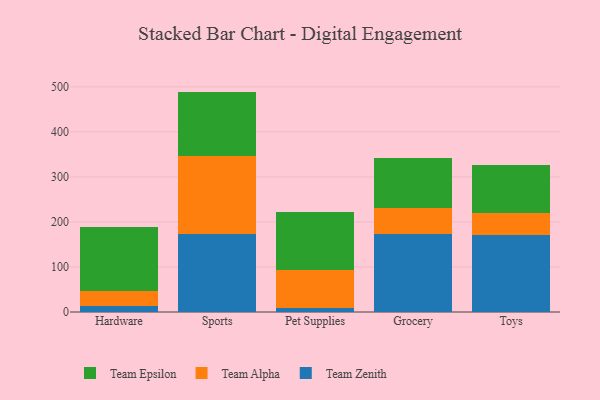
{"axis": {"x": "Category", "y": "Population (Million)"}, "legend": ["Team Alpha", "Team Epsilon", "Team Zenith"], "data": [{"x": "Hardware", "y": 13.7, "type": "Team Zenith"}, {"x": "Hardware", "y": 32.0, "type": "Team Alpha"}, {"x": "Hardware", "y": 143.4, "type": "Team Epsilon"}, {"x": "Sports", "y": 172.9, "type": "Team Zenith"}, {"x": "Sports", "y": 172.5, "type": "Team Alpha"}, {"x": "Sports", "y": 144.0, "type": "Team Epsilon"}, {"x": "Pet Supplies", "y": 8.8, "type": "Team Zenith"}, {"x": "Pet Supplies", "y": 85.2, "type": "Team Alpha"}, {"x": "Pet Supplies", "y": 128.8, "type": "Team Epsilon"}, {"x": "Grocery", "y": 173.6, "type": "Team Zenith"}, {"x": "Grocery", "y": 57.0, "type": "Team Alpha"}, {"x": "Grocery", "y": 111.9, "type": "Team Epsilon"}, {"x": "Toys", "y": 170.3, "type": "Team Zenith"}, {"x": "Toys", "y": 49.0, "type": "Team Alpha"}, {"x": "Toys", "y": 107.1, "type": "Team Epsilon"}]}